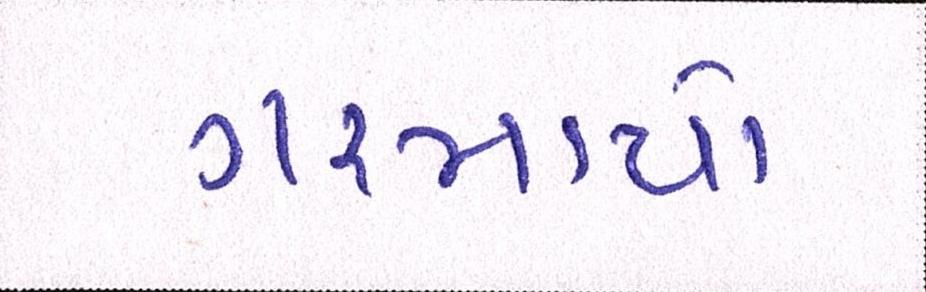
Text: ગરમાયો